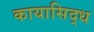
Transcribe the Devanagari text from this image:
कायासिद्ध